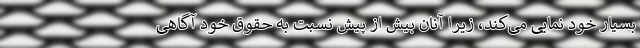
بسیار خود نمایی می‌کند، زیرا آنان بیش از پیش نسبت به حقوق خود آگاهی